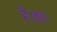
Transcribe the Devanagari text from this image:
है।हरा